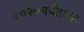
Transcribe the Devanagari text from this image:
२०१०पर्यंतच्या